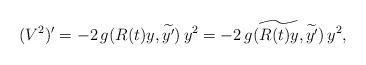
LaTeX: \begin{align*} (V^2)'=-2\,g(R(t)y,\widetilde{y'})\,y^2 = -2\,g(\widetilde{R(t)y},\widetilde{y'})\,y^2, \end{align*}